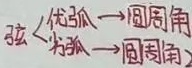
弦
\[
\begin{cases}
\text{优弧}\longrightarrow \text{圆周角}\\
\text{劣弧}\longrightarrow \text{圆周角}2
\end{cases}
\]